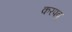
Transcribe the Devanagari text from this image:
करपवू